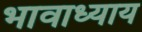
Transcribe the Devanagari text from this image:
भावाध्याय